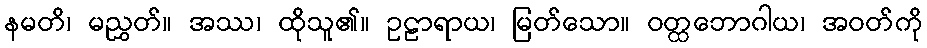
နမတိ၊ မညွှတ်။ အဿ၊ ထိုသူ၏။ ဥဠာရာယ၊ မြတ်သော။ ဝတ္ထဘောဂါယ၊ အဝတ်ကို